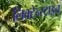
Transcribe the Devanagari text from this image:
लिक्टेन्स्टाइन